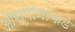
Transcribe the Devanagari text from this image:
ओस्मानांकडे